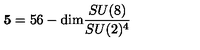
{ \bf 5 } = 5 6 - \mathrm { d i m } \frac { S U ( 8 ) } { S U ( 2 ) ^ { 4 } }